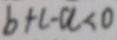
b + c - a < 0